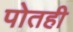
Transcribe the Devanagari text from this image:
पोतही